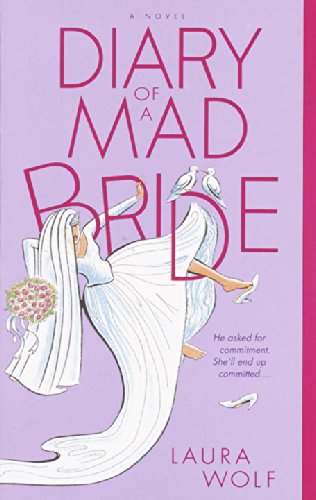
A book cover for Diary of a Mad Bride; Laura Wolf; Literature & Fiction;